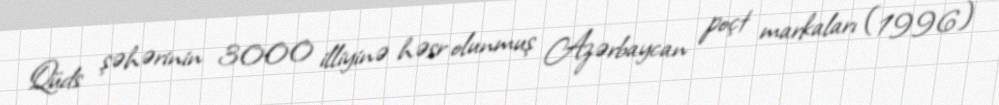
Qüds şəhərinin 3000 illiyinə həsr olunmuş Azərbaycan poçt markaları (1996)